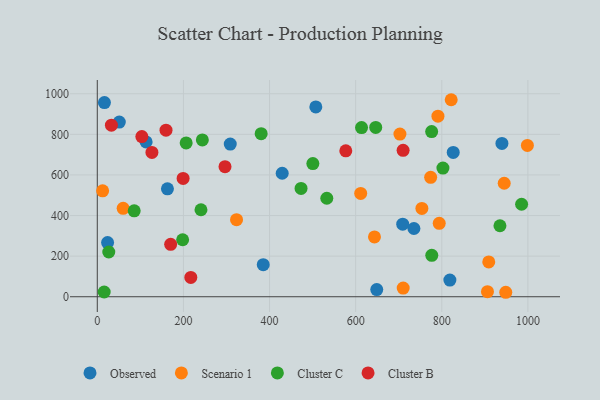
{"axis": {"x": "Engine Size", "y": "Profit"}, "legend": ["Cluster B", "Cluster C", "Observed", "Scenario 1"], "data": [{"x": "939.7", "y": 755.5, "type": "Observed"}, {"x": "818.8", "y": 82.2, "type": "Observed"}, {"x": "113.4", "y": 762.5, "type": "Observed"}, {"x": "308.8", "y": 751.9, "type": "Observed"}, {"x": "826.6", "y": 711.2, "type": "Observed"}, {"x": "162.9", "y": 531.8, "type": "Observed"}, {"x": "649.0", "y": 35.4, "type": "Observed"}, {"x": "709.3", "y": 357.4, "type": "Observed"}, {"x": "385.4", "y": 157.9, "type": "Observed"}, {"x": "735.3", "y": 336.1, "type": "Observed"}, {"x": "429.4", "y": 608.4, "type": "Observed"}, {"x": "23.9", "y": 267.0, "type": "Observed"}, {"x": "507.5", "y": 935.3, "type": "Observed"}, {"x": "51.1", "y": 860.6, "type": "Observed"}, {"x": "16.6", "y": 956.5, "type": "Observed"}, {"x": "998.8", "y": 745.4, "type": "Scenario 1"}, {"x": "12.4", "y": 521.6, "type": "Scenario 1"}, {"x": "948.6", "y": 22.0, "type": "Scenario 1"}, {"x": "753.8", "y": 434.9, "type": "Scenario 1"}, {"x": "702.8", "y": 801.2, "type": "Scenario 1"}, {"x": "909.1", "y": 171.5, "type": "Scenario 1"}, {"x": "710.4", "y": 42.6, "type": "Scenario 1"}, {"x": "791.1", "y": 889.5, "type": "Scenario 1"}, {"x": "794.1", "y": 361.7, "type": "Scenario 1"}, {"x": "945.0", "y": 559.0, "type": "Scenario 1"}, {"x": "821.9", "y": 970.6, "type": "Scenario 1"}, {"x": "643.7", "y": 294.7, "type": "Scenario 1"}, {"x": "60.1", "y": 435.7, "type": "Scenario 1"}, {"x": "774.2", "y": 588.4, "type": "Scenario 1"}, {"x": "906.1", "y": 24.8, "type": "Scenario 1"}, {"x": "323.4", "y": 379.7, "type": "Scenario 1"}, {"x": "611.7", "y": 508.9, "type": "Scenario 1"}, {"x": "500.6", "y": 656.2, "type": "Cluster C"}, {"x": "646.6", "y": 833.9, "type": "Cluster C"}, {"x": "244.0", "y": 772.4, "type": "Cluster C"}, {"x": "935.1", "y": 349.8, "type": "Cluster C"}, {"x": "776.5", "y": 813.7, "type": "Cluster C"}, {"x": "613.7", "y": 833.5, "type": "Cluster C"}, {"x": "533.0", "y": 485.3, "type": "Cluster C"}, {"x": "198.2", "y": 280.7, "type": "Cluster C"}, {"x": "985.4", "y": 455.6, "type": "Cluster C"}, {"x": "85.7", "y": 423.5, "type": "Cluster C"}, {"x": "26.7", "y": 220.4, "type": "Cluster C"}, {"x": "776.8", "y": 204.2, "type": "Cluster C"}, {"x": "240.8", "y": 428.6, "type": "Cluster C"}, {"x": "206.4", "y": 757.7, "type": "Cluster C"}, {"x": "16.0", "y": 23.4, "type": "Cluster C"}, {"x": "802.7", "y": 633.8, "type": "Cluster C"}, {"x": "473.2", "y": 533.5, "type": "Cluster C"}, {"x": "380.6", "y": 803.5, "type": "Cluster C"}, {"x": "296.6", "y": 641.0, "type": "Cluster B"}, {"x": "103.5", "y": 789.1, "type": "Cluster B"}, {"x": "199.3", "y": 583.1, "type": "Cluster B"}, {"x": "170.4", "y": 258.2, "type": "Cluster B"}, {"x": "32.8", "y": 845.2, "type": "Cluster B"}, {"x": "710.2", "y": 721.4, "type": "Cluster B"}, {"x": "159.6", "y": 820.7, "type": "Cluster B"}, {"x": "217.2", "y": 95.1, "type": "Cluster B"}, {"x": "126.9", "y": 710.8, "type": "Cluster B"}, {"x": "577.1", "y": 718.7, "type": "Cluster B"}]}